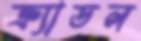
ক্র্যাডল